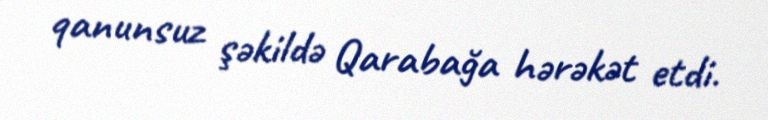
qanunsuz şəkildə Qarabağa hərəkət etdi.